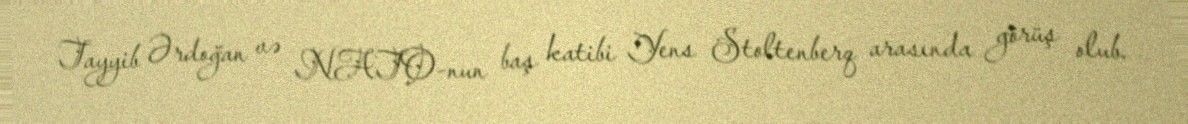
Tayyib Ərdoğan və NATO-nun baş katibi Yens Stoltenberq arasında görüş olub.